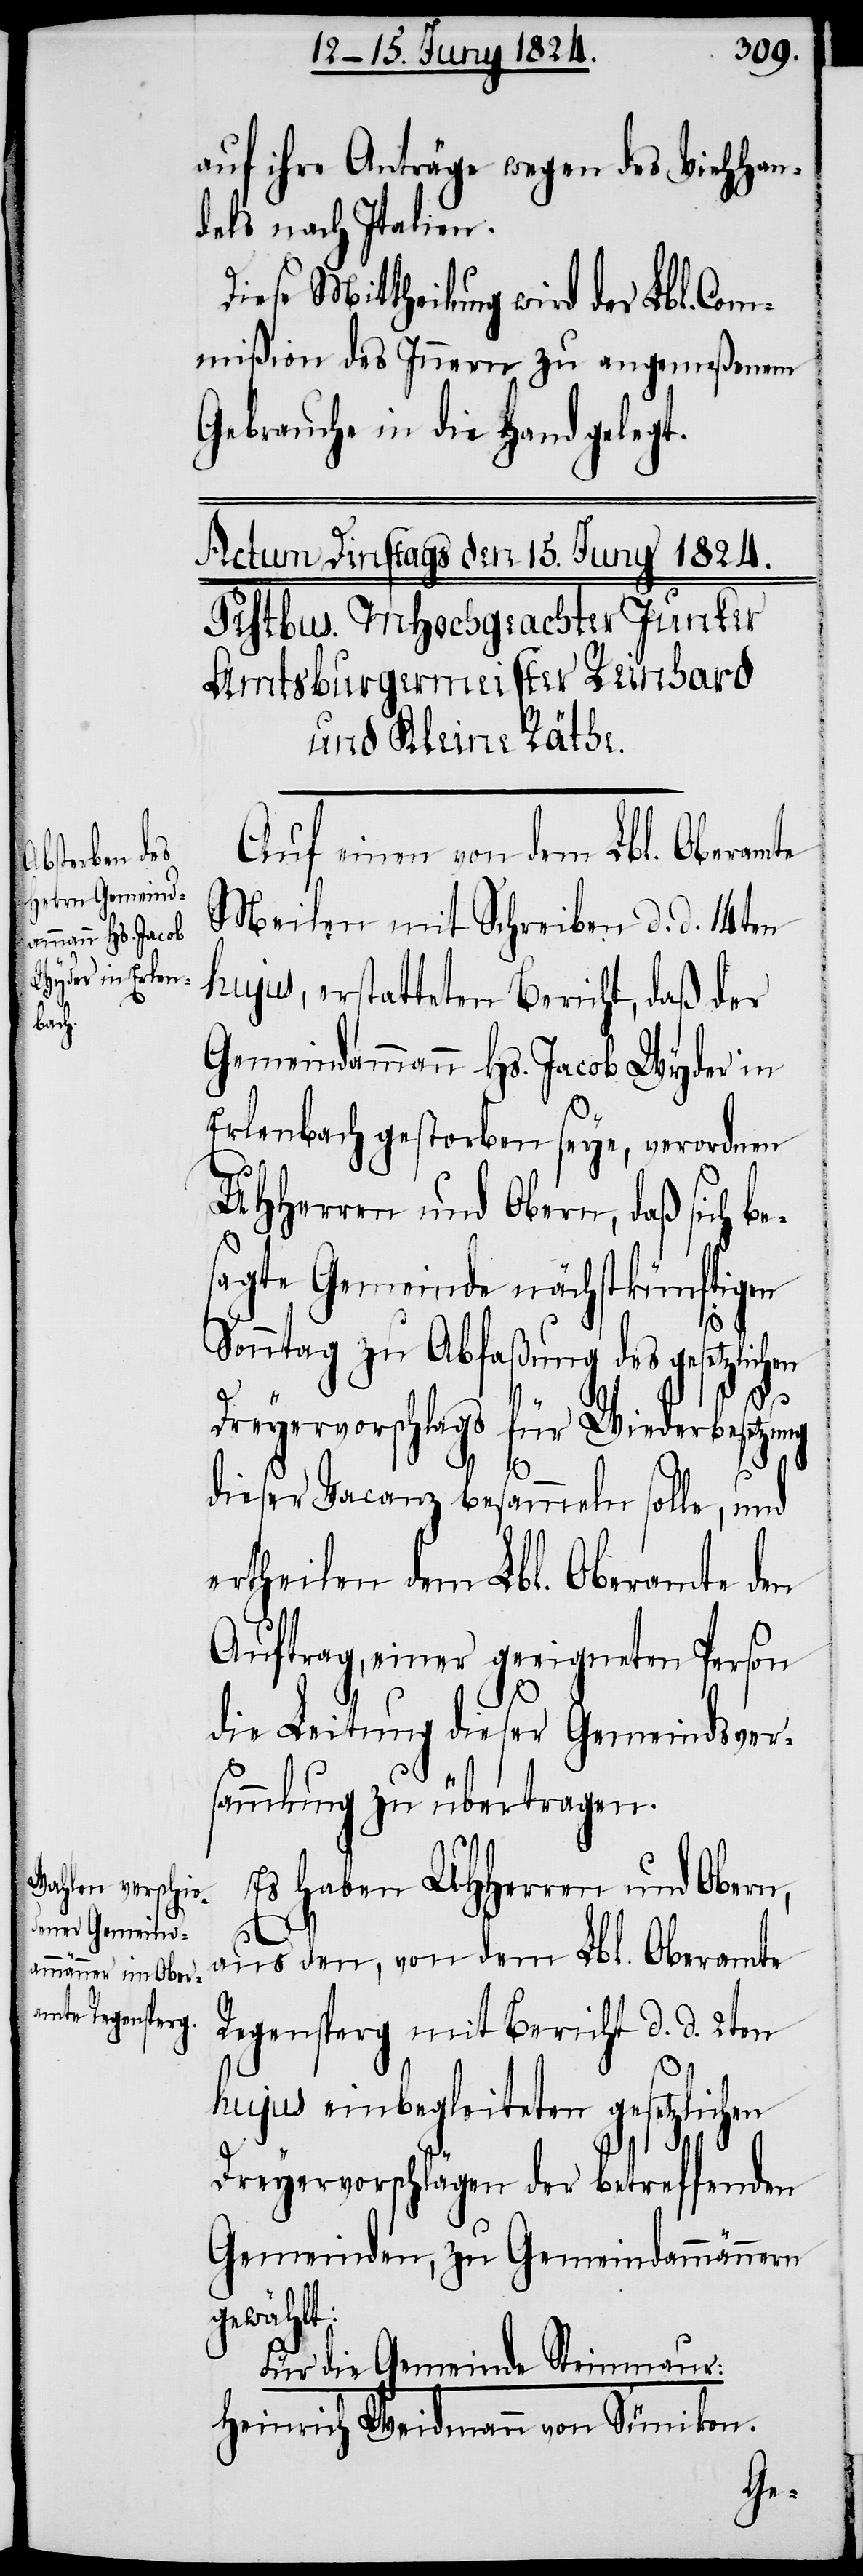
auf ihre Anträge wegen des Viehhan¬
dels nach Italien.
Diese Mittheilung wird der Lbl. Com¬
mißion des Innern zu angemeßenem
Gebrauche in die Hand gelegt.
Auf einen von dem Lbl. Oberamte
Meilen mit Schreiben d. d. 14ten
hujus, erstatteten Bericht, daß der
Gemeindammann Hs. Jacob Wyder in
Erlenbach gestorben seye, verordnen
UHHerren und Obern, daß sich b¬
sagte Gemeinde nächstkünftigen
Sonntag zu Abfaßung des gesetzlichen
Dreyervorschlags für Wiederbesetzung
dieser Vacanz besammeln solle, und
ertheilen dem Lbl. Oberamte den
Auftrag, einer geeigneten Person
die Leitung dieser Gemeindsvers¬
ammlung zu übertragen.
Es haben UHHerren und Obern,
e¬
aus den, von dem Lbl. Oberamte
Regensperg mit Bericht d. d. 2ten
hujus einbegleiteten gesetzlichen
Dreyervorschlägen der betreffenden
Gemeinden, zu Gemeindammännern
gewählt:
Für die Gemeinde Steinmaur:
Heinrich Weidmann von Sümikon.